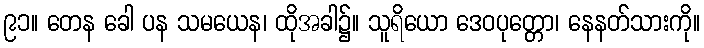
၉၁။ တေန ခေါ ပန သမယေန၊ ထိုအခါ၌။ သူရိယော ဒေဝပုတ္တော၊ နေနတ်သားကို။